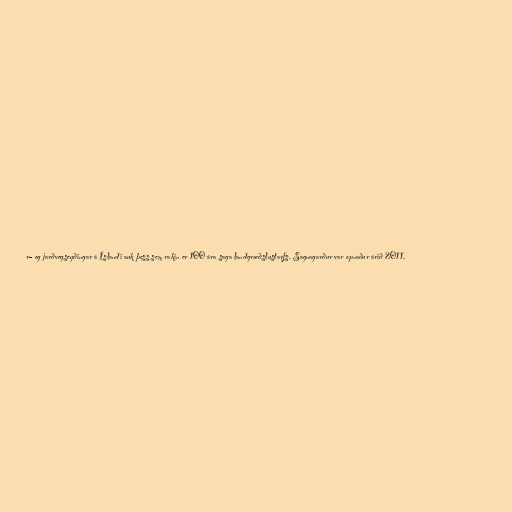
r- og jarðvegseyðingar á Íslandi auk þess sem rakin er 100 ára saga landgræðslustarfs. Sagnagarður var opnaður árið 2011.